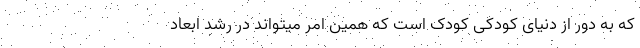
که به دور از دنیای کودکی کودک است که همین امر میتواند در رشد ابعاد